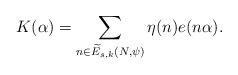
LaTeX: \begin{align*}K(\alpha) = \sum_{ n \in \widetilde{E}_{s,k}(N, \psi) } \eta(n) e(n \alpha).\end{align*}